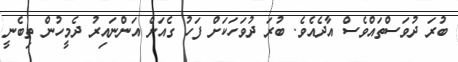
ބުރަ ދުވަސްތައްވެސް އާދެއެވެ. ބުރަ ދުވަހަކަށް ފަހު ގެއަށް އަންނައިރު ދެމީހުން ތިބެނީ